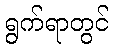
ရွက်ရာတွင်